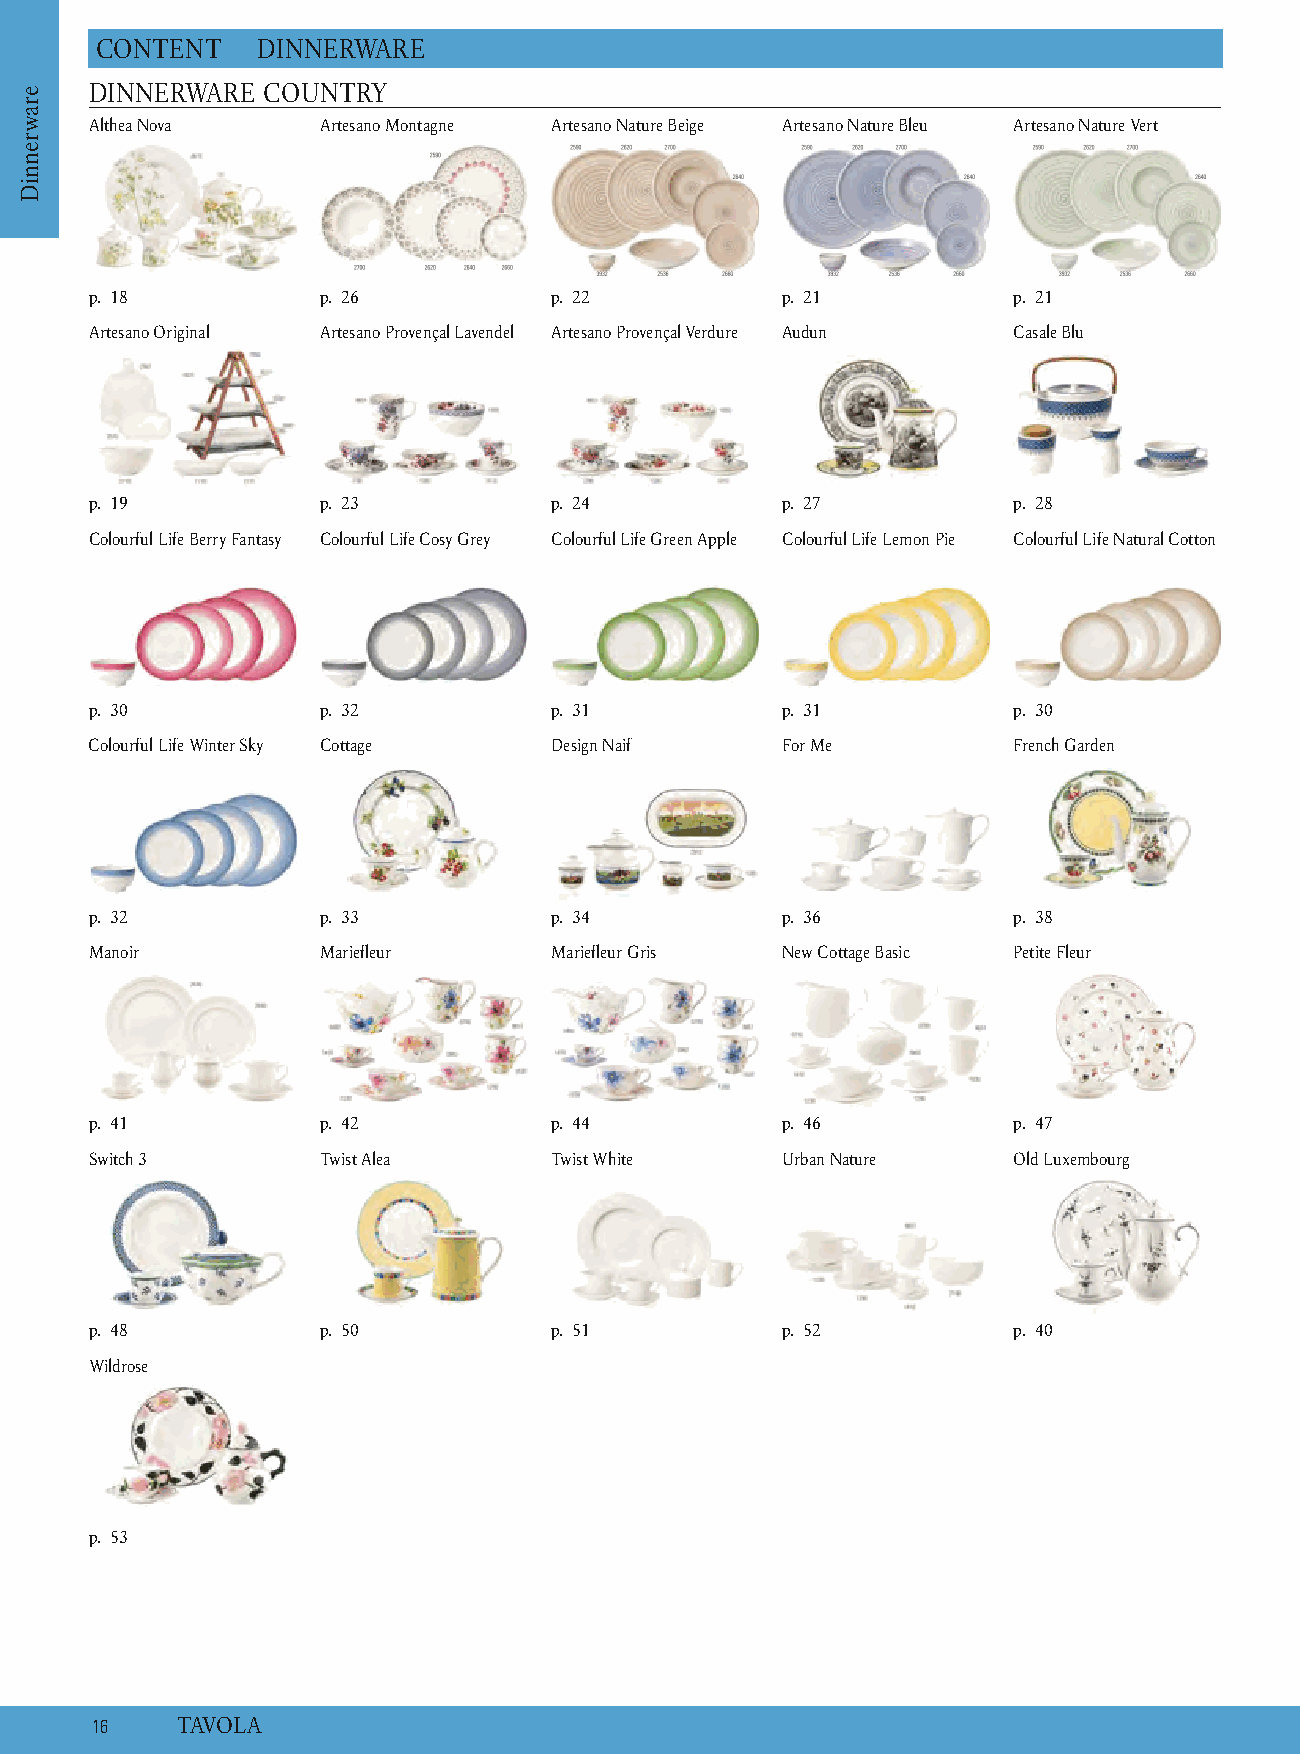
C ONTENT   D INNERWARE
 DINNERWARE COUNTRY
 Althea Nova    Artesano Montagne Artesano Nature Beige Artesano Nature Bleu A rtesano Nature Vert
 p. 18          p. 26          p. 22           p. 21          p. 21
 Artesano Original Artesano Provençal Lavendel Artesano Provençal Verdure A udun C asale Blu
 p. 19          p. 23          p. 24           p. 27          p. 28
 Colourful Life Berry Fantasy C olourful Life Cosy Grey C olourful Life Green Apple Colourful Life Lemon Pie Colourful Life Natural Cotton
 p. 30          p. 32          p. 31           p. 31          p. 30
 Colourful Life Winter Sky Cottage D esign Naif For Me        F rench Garden
 p. 32          p. 33          p. 34           p. 36          p. 38
 Manoir         M ariefleur    M ariefleur Gris New Cottage Basic Petite Fleur
 p. 41          p. 42          p. 44           p. 46          p. 47
 Switch 3       T wist Alea    Twist White     Urban Nature   Old Luxembourg
 p. 48          p. 50          p. 51           p. 52          p. 40
 Wildrose
 p. 53
 1 6   T AVOLA
 erawrenniD